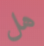
هل